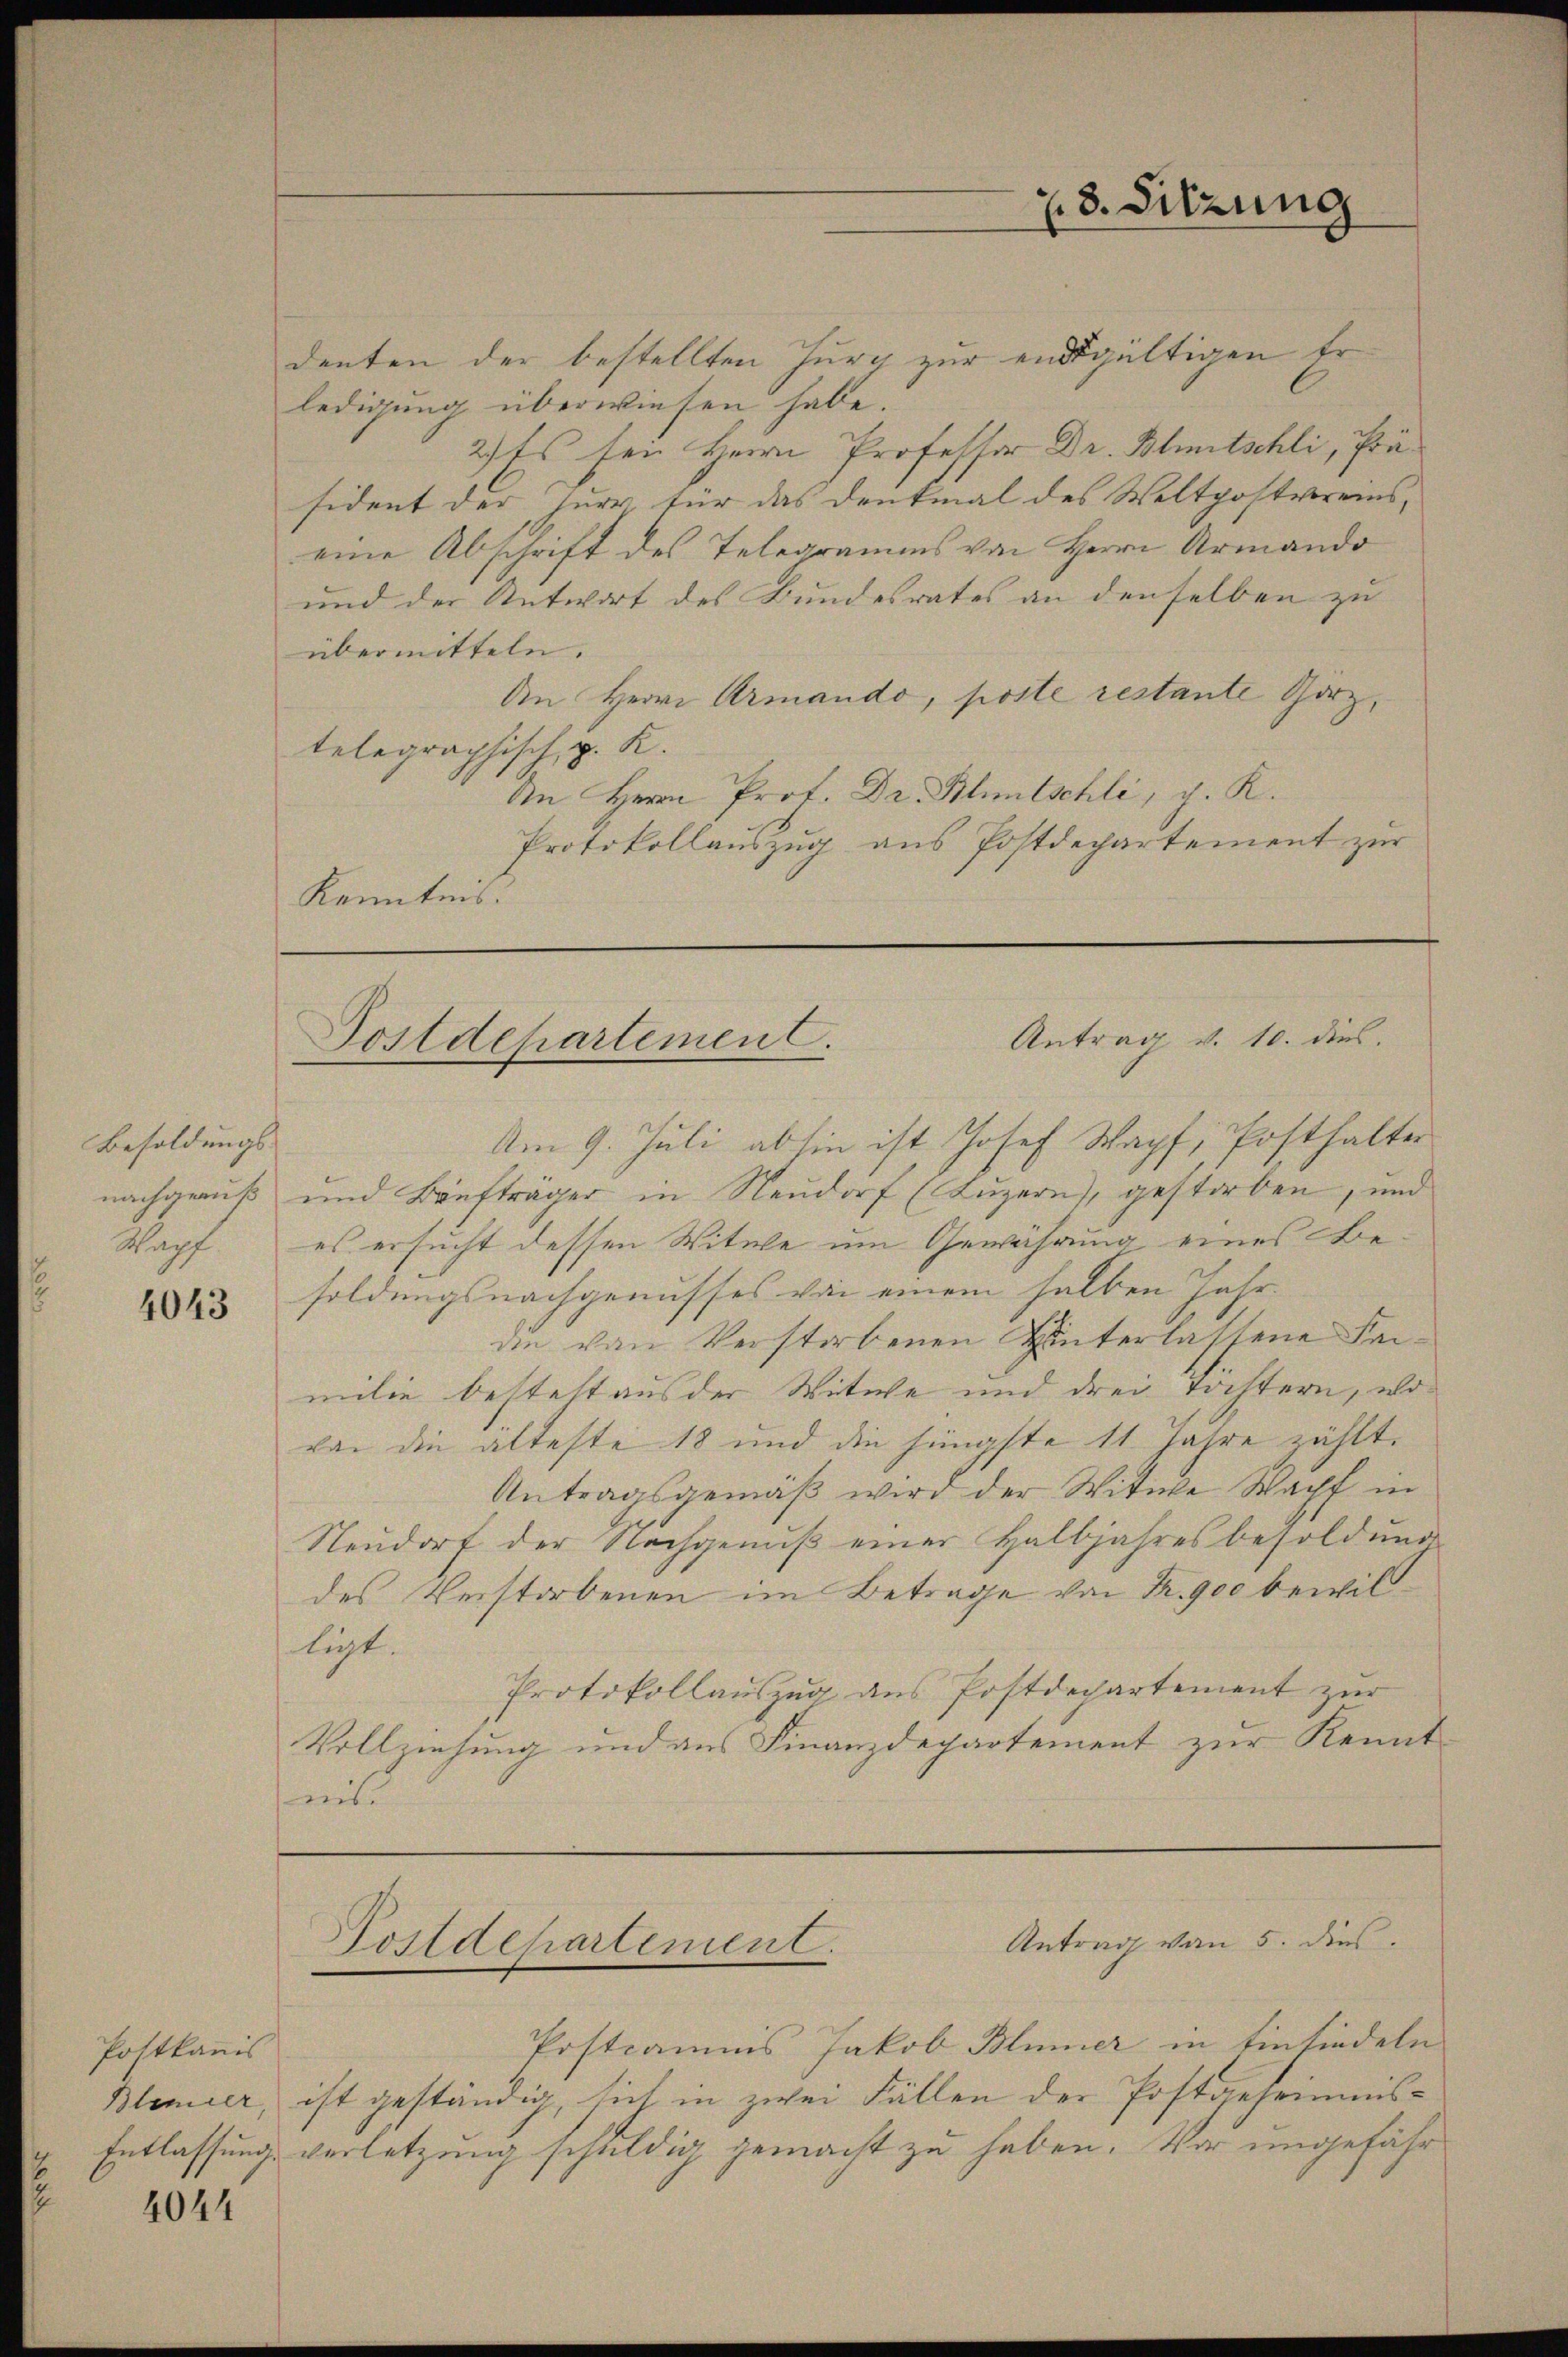
Besoldungs
Kapf

4043

Pottkanis

4044

denten der bestellten Zurg zur endgültigen Er
ledigung überwiesen habe.
2) Es sein Herrn Professor Dr. Bluntschli, Präsident der Jur. für das Denkmal des Weltpostvereins,
eine Abschrift des Telegramms von Herrn Armando
und der Antwort des Bundesrates an denselben zu
übermitteln.
An Herrn Armando, poste restante Garz,
telegraphisch, z. K.
An Herrn Prof. Dr. Blutschli, g. R.
Protokollauszug aus Postdepartement zur
Kenntnis.

28. Sitzung

Antrag v. 10. dies.
Postdepartement.

Am 9. Juli ab sie ist Josef Wapf, Posthalter
nachgeruß und Baufträger in Neudorf (Luzern), gestorben, und
es ersucht dessen Witwe um Gewährung eines Besoldungsnachgenusses von einem selben Jahr
die von Verstorbenen Hinterlassene Feimilie besteht aus der Witwe und drei Tochtern, wovon die älteste 18 und die jüngste 11 Jahre zählt.
Antragsgemäß wird der Witwe Wacht in
Neudorf der Nachgenuß einer Halbjahresbesoldung
des Verstorbenen im Betrage von K. 900 bewilligt.
Protokollauszug aus Postdepartement zur
Vollziehung und aus Finanzdepartement zur Kennt-
mit

Antrag von 5. dies
Postdepartement.

Postians Jakob Blümer in Einfindeln
Blenier, ist geständig, sich in zwei Fällen der Postgeheimnis¬
Entlassung verletzung schuldig gemacht zu haben. Wir ungefähr